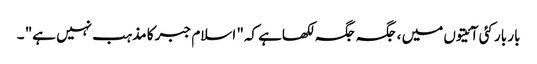
بار بار کئی آئیتوں میں ، جگہ جگہ لکھاہے کہ" اسلام جبر کا مذہب نہیں ہے" ۔